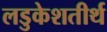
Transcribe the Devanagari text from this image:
लडुकेशतीर्थ